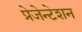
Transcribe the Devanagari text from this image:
प्रेजेन्टेशन